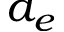
a _ { e }